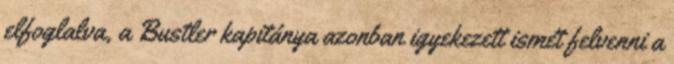
elfoglalva, a Bustler kapitánya azonban igyekezett ismét felvenni a